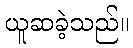
ယူဆခဲ့သည်။